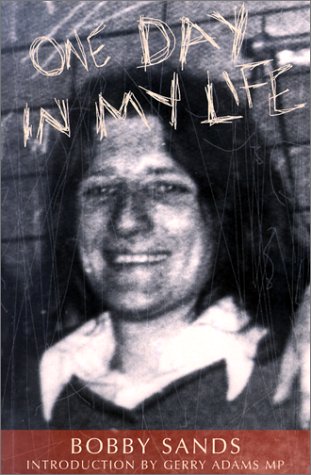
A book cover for One Day in My Life; Bobby Sands; Biographies & Memoirs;